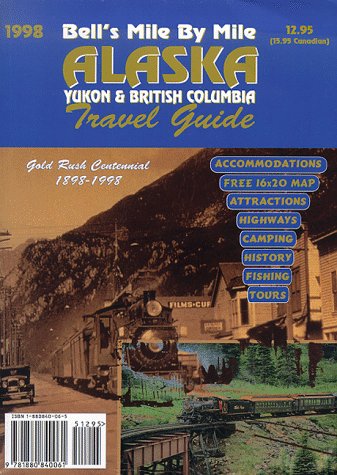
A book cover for Bell's Mile by Mile Alaska With Map: Yukon and British Columbia Travel Guide (38th ed); Travel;